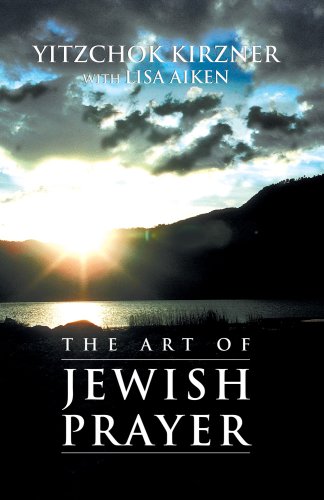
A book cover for Art of Jewish Prayer; Lisa Aiken; Religion & Spirituality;